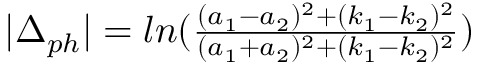
\begin{array} { r } { | \Delta _ { p h } | = l n ( \frac { ( a _ { 1 } - a _ { 2 } ) ^ { 2 } + ( k _ { 1 } - k _ { 2 } ) ^ { 2 } } { ( a _ { 1 } + a _ { 2 } ) ^ { 2 } + ( k _ { 1 } - k _ { 2 } ) ^ { 2 } } ) } \end{array}